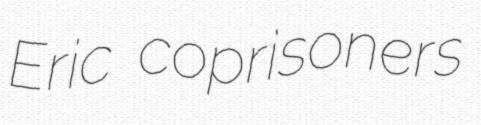
Eric coprisoners